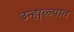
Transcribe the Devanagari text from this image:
उन्हा़ळ्यात